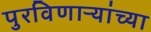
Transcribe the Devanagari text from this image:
पुरविणाऱ्यांच्या